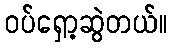
ဝပ်ရှော့ဆွဲတယ်။